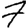
Digit: 7